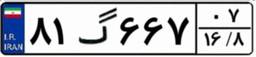
۰۲گ۲۸۴۴۹